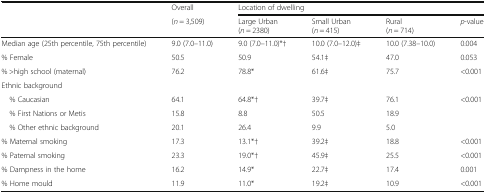
| <ROWSPAN=2>  | Overall | <COLSPAN=4> Location of dwelling |
 | (n = 3,509) | Large Urban(n = 2380) | Small Urban(n = 415) | Rural(n = 714) | p-value |
 | --- | --- | --- | --- | --- | --- |
 | Median age (25th percentile, 75th percentile) | 9.0 (7.0–11.0) | 9.0 (7.0–11.0)*† | 10.0 (7.0–12.0)‡ | 10.0 (7.38–10.0) | 0.004 |
 | % Female | 50.5 | 50.9 | 54.1‡ | 47.0 | 0.053 |
 | % >high school (maternal) | 76.2 | 78.8* | 61.6‡ | 75.7 | <0.001 |
 | <COLSPAN=6> Ethnic background |
 | % Caucasian | 64.1 | 64.8*† | 39.7‡ | 76.1 | <0.001 |
 | % First Nations or Metis | 15.8 | 8.8 | 50.5 | 18.9 |  |
 | % Other ethnic background | 20.1 | 26.4 | 9.9 | 5.0 |  |
 | % Maternal smoking | 17.3 | 13.1*† | 39.2‡ | 18.8 | <0.001 |
 | % Paternal smoking | 23.3 | 19.0*† | 45.9‡ | 25.5 | <0.001 |
 | % Dampness in the home | 16.2 | 14.9* | 22.7‡ | 17.4 | 0.001 |
 | % Home mould | 11.9 | 11.0* | 19.2‡ | 10.9 | <0.001 |